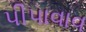
પીપાવાવ